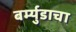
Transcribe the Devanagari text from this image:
बर्म्युडाचा